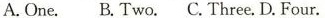
A.One.B.Two.C.Three.D.Four.